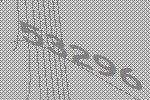
53296